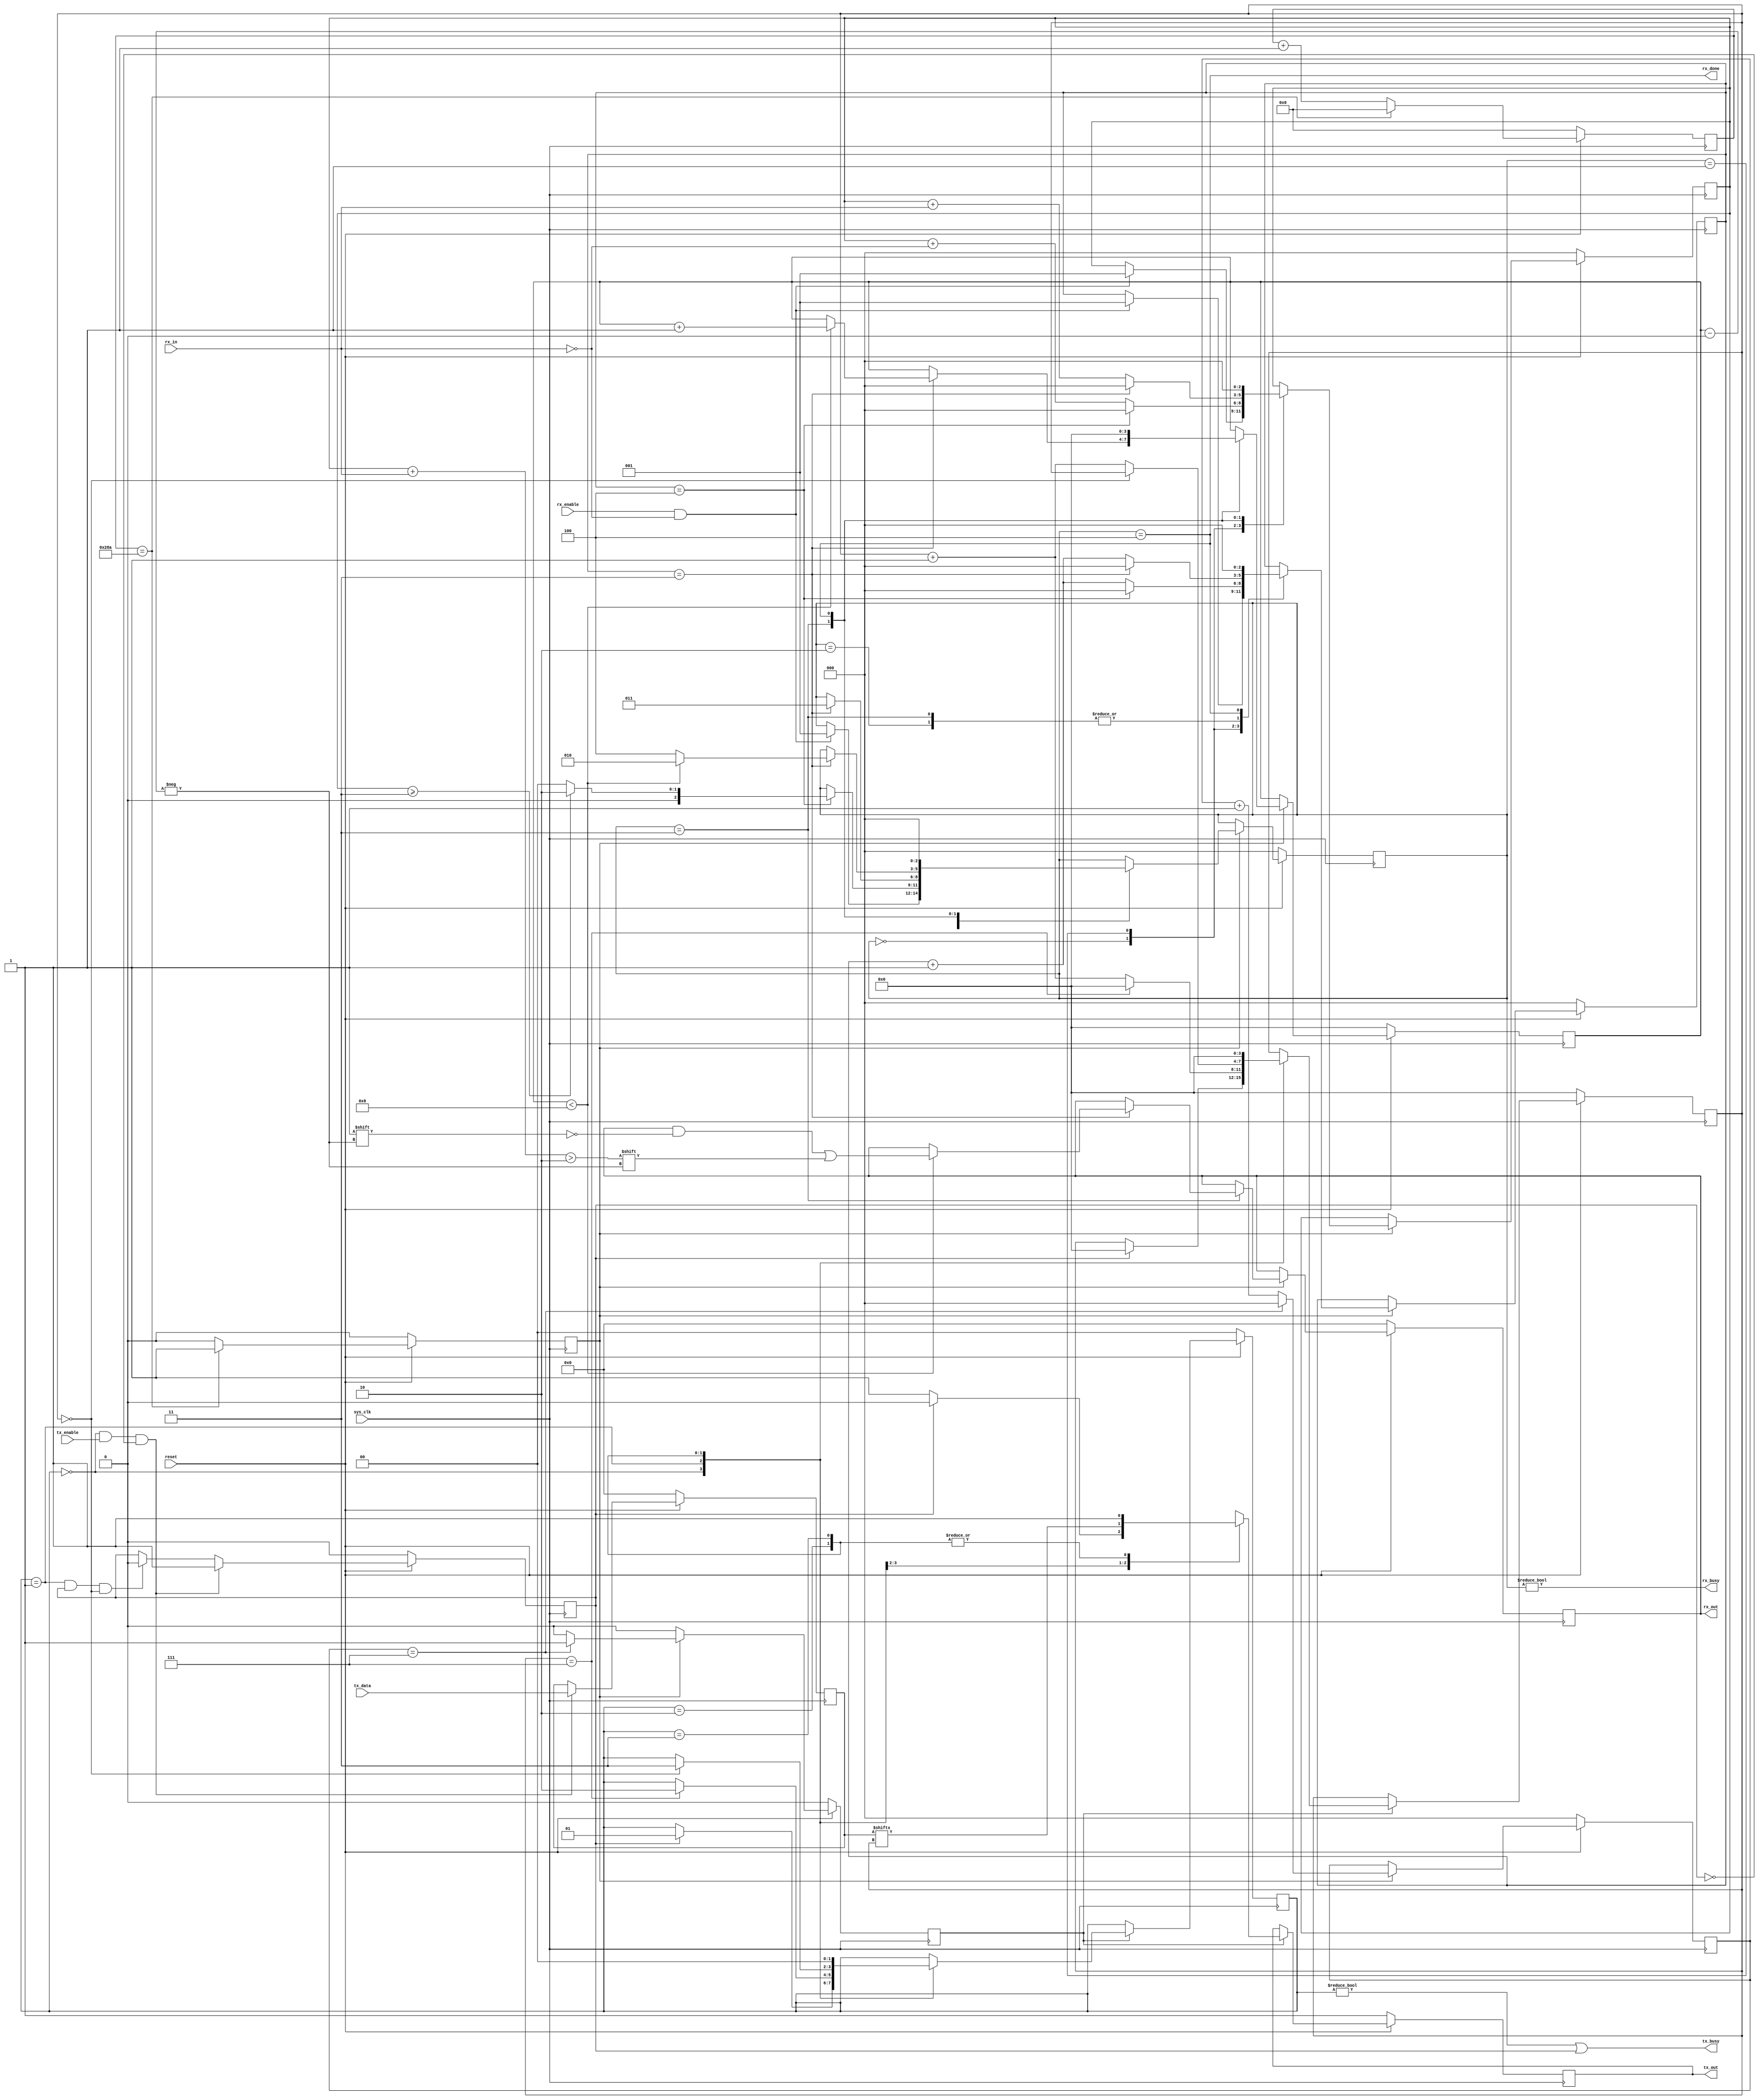
`timescale 1ns / 1ps
//////////////////////////////////////////////////////////////////////////////////
// Company: 
// Engineer: 
// 
// Design Name: 
// Module Name:    UART 
// Project Name: 
// Target Devices: 
// Tool versions: 
// Description: 
//
// Dependencies: 
//
// Revision: 
// Revision 0.01 - File Created
// Additional Comments: 
//
//////////////////////////////////////////////////////////////////////////////////
module UART 
  #(parameter NUM_BITS = 8,		// number of data bits in a transmission
	parameter STOP_BIT = 1,		// number of stop bits to transmit
	parameter BAUD_RATE = 19200	// UART baud rate (min: 14400)
   )			
   (input reset,			// system reset (active low)
	input sys_clk,			// master system clock (100 MHz)
	input [7:0] tx_data,	// data byte to be transmitted
	input tx_enable,		// flag to send data (transient, not held)
	input rx_enable,		// flag to enable receiving
	input rx_in,			// rx input (from serial port)
	output tx_busy,			// flag to indicate transmitting
	output rx_busy,			// flag to indicate receiving
	output tx_out,			// tx output (to serial port)
    output rx_done,         // flag to indicate a byte was received
	output [7:0] rx_out		// rx output (received byte)
    );
    

/**** Clock generation logic ****/

localparam rx_clk_div = 100000000/(8*BAUD_RATE);	// calculate divider from specified baud rate
reg [9:0] rx_div_cnt = 0;	// counter to divide sys_clk
reg [2:0] tx_div_cnt = 0;	// counter to divide rx_clk
reg rx_clk_en = 0;			// rx clock enable = 8 * baud rate
reg tx_clk_en = 0;			// tx clock enable = baud rate

// Generate RX clock (at specified 8x baud rate):
always @(posedge sys_clk) begin

	if (reset == 0) begin							// reset count, clock enable
		rx_div_cnt <= 0;
		rx_clk_en <= 0;
	end
	else begin
		if (rx_div_cnt == (rx_clk_div - 1)) begin	// set rx_clk_en high after count reached
			rx_clk_en <= 1;
			rx_div_cnt <= 0;
		end
		else begin									// increment rx_clk divider, reset rx_clk_en
			rx_clk_en <= 0;
			rx_div_cnt <= rx_div_cnt + 1'd1;
		end
	end
	
end

// Generate TX clock (RX clock divided by 8):
always @(posedge sys_clk) begin

	if (reset == 0) begin						// reset count, clock enable
		tx_div_cnt <= 0;
		tx_clk_en <= 0;
	end
	else if (rx_clk_en) begin					// divide rx clock
		if (tx_div_cnt == 7) begin				// set tx_clk_en high after count reached
			tx_div_cnt <= 0;		
			tx_clk_en <= 1;			
		end
		else begin								// increment tx_clk divider, reset tx_clk_en
			tx_div_cnt <= tx_div_cnt + 1'd1;	
			tx_clk_en <= 0;			
		end
	end
	else begin									// make sure tx_clk_en is only high for 1 sys clock
		tx_clk_en <= 0;
	end
	
end


/**** Receive logic ****/

// RX state declaration:
localparam [2:0] RX_IDLE = 3'd0,	// idle state
                 RX_START = 3'd1,	// check start bit
                 RX_WAIT = 3'd2,	// wait for next bit	
                 RX_RECV = 3'd3,	// sample current bit
                 RX_DONE = 3'd4;	// RX complete
				 
// RX variable declarations:
reg [3:0] rx_bit_cnt = 0;		// count bits received
reg [2:0] rx_smp_cnt = 0;		// count samples of each bit
reg [2:0] rx_smp = 0;       	// actual samples of each bit
reg [2:0] rx_state = RX_IDLE;	// current RX state
reg [7:0] rx_data = 0;			// received data

// RX state machine:
always @(posedge sys_clk) begin

    if (reset == 0) begin												// reset state machine
        rx_bit_cnt <= 0;
        rx_smp_cnt <= 0;
		rx_smp <= 0;
		rx_state <= RX_IDLE;
		rx_data <= 0;
    end
    else if (rx_clk_en) begin											// operate on RX clock
    
        case (rx_state)
		
            RX_IDLE: begin
                if (rx_enable && !rx_in) begin							// detect start bit
                    rx_state <= RX_START;
                    rx_smp_cnt <= 1'd1;
                    rx_smp <= 1'd1;
                end
            end
            RX_START: begin												// validate start bit with 5 samples
                if (rx_smp_cnt == 4) begin  	
                    if (rx_smp >= 3) begin    							// valid start bit = 3/5 samples low
                        rx_state <= RX_WAIT;							// if valid, wait for next bit time
                    end
                    else begin
                        rx_state <= RX_IDLE;							// if not valid, go back to idle
                    end
                    rx_smp_cnt <= 0;
                    rx_smp <= 0;
                end
                else begin  											// sample RX line, increment count
                    rx_smp_cnt <= rx_smp_cnt + 1'd1;
                    rx_smp <= rx_smp + !rx_in;
                end
                
            end
            RX_WAIT: begin												// wait for next bit time (4 clocks)
                if (rx_smp_cnt == 3) begin
                    rx_state <= RX_RECV;								// once wait is done, start sampling bit
                    rx_smp_cnt <= 0;
                end
                else begin												// increment count
                    rx_smp_cnt <= rx_smp_cnt + 1'd1;
                end
            end
            RX_RECV: begin												// sample current bit 4x
                if (rx_smp_cnt == 3) begin
					if (rx_bit_cnt < NUM_BITS) begin					// store data bit
						rx_data[rx_bit_cnt] <= ((rx_smp + rx_in) > 2);	// data bit = high if 3/4 samples high
						rx_bit_cnt <= rx_bit_cnt + 1'd1;
						rx_state <= RX_WAIT;							// move back to wait for next bit
					end
					else if (rx_bit_cnt < (NUM_BITS+STOP_BIT-1)) begin	// wait for stop bits (no storage)
						rx_bit_cnt <= rx_bit_cnt + 1'd1;
						rx_state <= RX_WAIT;
					end
					else begin											// once past data+stop bits, we're done
						rx_state <= RX_DONE;
					end
                    rx_smp_cnt <= 0;
                    rx_smp <= 0;
                end
                else begin												// sample bit value, increment count
                    rx_smp_cnt <= rx_smp_cnt + 1'd1;
                    rx_smp <= rx_smp + rx_in;
                end
            end
            RX_DONE: begin												// done with RX, go back to idle
                rx_state <= RX_IDLE;
                rx_bit_cnt <= 0;
                rx_smp_cnt <= 0;
                rx_smp <= 0;
            end
			
		endcase
		
    end
    
end


/**** Transmit clock enable generation logic ****/

// TX state declaration:
localparam [1:0] TX_IDLE = 2'd0,	// idle state
				 TX_DATA = 2'd1,	// send data bits
				 TX_STOP = 2'd2,	// send stop bits
				 TX_DONE = 2'd3;	// done with transmission

// TX variable declarations:				 
reg [3:0] tx_bit_cnt = 0;		// count bits transmitted
reg [7:0] tx_data_int = 0;		// data byte to be transmitted 
reg tx_out_int = 1;				// current output bit
reg [1:0] tx_state = TX_IDLE;	// current TX state
reg tx_start = 0;				// latched signal to start transmission

// Latch tx_enable signal until transmission starts:
always @(posedge sys_clk) begin

	if (reset == 0) begin											// reset start signal and data
		tx_start <= 0;
		tx_data_int <= 0;
	end
	else if (tx_state == TX_IDLE && tx_enable && !tx_start) begin	// latch enable and current data
		tx_start <= 1;
		tx_data_int <= tx_data;
	end
	else if (tx_state == TX_DATA && tx_start && tx_bit_cnt == 0) begin
		tx_start <= 0;
	end
	//else if (tx_busy) begin											// reset start signal during tx
	//	tx_start <= 0;
	//end
	
end

// TX state machine:
always @(posedge sys_clk) begin

    if (reset == 0) begin								// reset state machine
        tx_bit_cnt <= 0;
		tx_state <= TX_IDLE;
		tx_out_int <= 1;
    end
    else if (tx_clk_en) begin							// operate on TX clock
    
        case (tx_state)
		
            TX_IDLE: begin								// wait for start signal
				if (tx_start) begin						// pull line low for start	
					tx_state <= TX_DATA;
					tx_out_int <= 0;			
					tx_bit_cnt <= 0;				
				end
				else begin								// keep line high during idle
					tx_out_int <= 1;			
				end
			end
			TX_DATA: begin								// transmit data bits
				tx_out_int <= tx_data_int[tx_bit_cnt];	// send nth data bit
				if (tx_bit_cnt == (NUM_BITS-1)) begin	// if on last bit, move to stop state
					tx_state <= TX_STOP;
					tx_bit_cnt <= 0;
				end
				else begin								// increment bit count
					tx_bit_cnt <= tx_bit_cnt + 1'd1;	
				end
			end
			TX_STOP: begin								// transmit stop bits
				tx_out_int <= 1;						// pull line high for stop
				if (tx_bit_cnt == (STOP_BIT-1)) begin	// if on last stop bit, move to done state
					tx_state <= TX_DONE;
				end
				else begin
					tx_bit_cnt <= tx_bit_cnt + 1'd1;	// increment bit count
				end
			end
			TX_DONE: begin								// reset state back to idle
				tx_state <= TX_IDLE;
				tx_bit_cnt <= 0;
				tx_out_int <= 1;
			end
		endcase
		
	end
end


/**** Assign outputs: ****/

assign tx_out = tx_out_int;					// current output on TX line
assign tx_busy = (tx_state != TX_IDLE || tx_start);		// set if currently transmitting
assign rx_out = rx_data;					// received data byte
assign rx_busy = (rx_state != RX_IDLE);		// set if currently receiving
assign rx_done = (rx_state == RX_DONE);		// set once byte is complete

endmodule